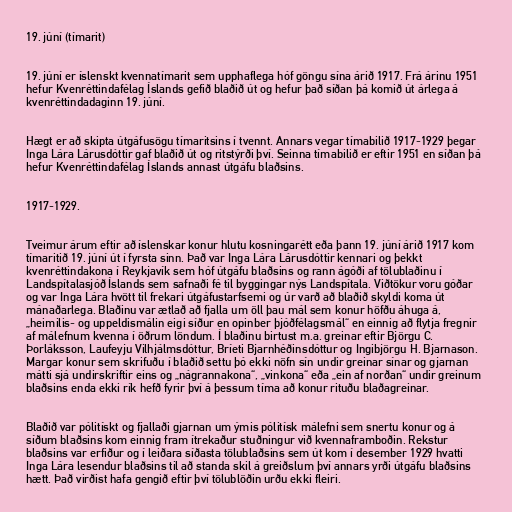
19. júní (tímarit)

19. júní er íslenskt kvennatímarit sem upphaflega hóf göngu sína árið 1917. Frá árinu 1951
hefur Kvenréttindafélag Íslands gefið blaðið út og hefur það síðan þá komið út árlega á
kvenréttindadaginn 19. júní.

Hægt er að skipta útgáfusögu tímaritsins í tvennt. Annars vegar tímabilið 1917-1929 þegar
Inga Lára Lárusdóttir gaf blaðið út og ritstýrði því. Seinna tímabilið er eftir 1951 en síðan þá
hefur Kvenréttindafélag Íslands annast útgáfu blaðsins.

1917-1929.

Tveimur árum eftir að íslenskar konur hlutu kosningarétt eða þann 19. júní árið 1917 kom
tímaritið 19. júní út í fyrsta sinn. Það var Inga Lára Lárusdóttir kennari og þekkt
kvenréttindakona í Reykjavík sem hóf útgáfu blaðsins og rann ágóði af tölublaðinu í
Landspítalasjóð Íslands sem safnaði fé til byggingar nýs Landspítala. Viðtökur voru góðar
og var Inga Lára hvött til frekari útgáfustarfsemi og úr varð að blaðið skyldi koma út
mánaðarlega. Blaðinu var ætlað að fjalla um öll þau mál sem konur höfðu áhuga á,
„heimilis- og uppeldismálin eigi síður en opinber þjóðfélagsmál“ en einnig að flytja fregnir
af málefnum kvenna í öðrum löndum. Í blaðinu birtust m.a. greinar eftir Björgu C.
Þorláksson, Laufeyju Vilhjálmsdóttur, Bríeti Bjarnhéðinsdóttur og Ingibjörgu H. Bjarnason.
Margar konur sem skrifuðu í blaðið settu þó ekki nöfn sín undir greinar sínar og gjarnan
mátti sjá undirskriftir eins og „nágrannakona“, „vinkona“ eða „ein af norðan“ undir greinum
blaðsins enda ekki rík hefð fyrir því á þessum tíma að konur rituðu blaðagreinar.

Blaðið var pólitískt og fjallaði gjarnan um ýmis pólitísk málefni sem snertu konur og á
síðum blaðsins kom einnig fram ítrekaður stuðningur við kvennaframboðin. Rekstur
blaðsins var erfiður og í leiðara síðasta tölublaðsins sem út kom í desember 1929 hvatti
Inga Lára lesendur blaðsins til að standa skil á greiðslum því annars yrði útgáfu blaðsins
hætt. Það virðist hafa gengið eftir því tölublöðin urðu ekki fleiri.